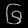
Digit: ၆